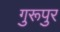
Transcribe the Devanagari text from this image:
गुरूपुर